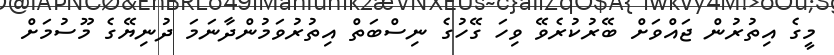
މީގެ އިތުރުން ޖައްވަށް ބޭރުކުރެވޭ ވިހަ ގޭހުގެ ނިސްބަތް އިތުރުވަމުންދާނަމަ ދުނިޔޭގެ މޫސުމަށް